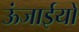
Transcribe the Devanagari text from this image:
ऊंजाईयों